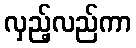
လှည့်လည်ကာ